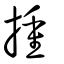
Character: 揰